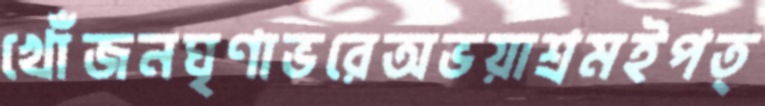
খোঁজনঘৃণাভরেঅভয়াশ্রমইপত্